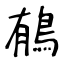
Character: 䳑